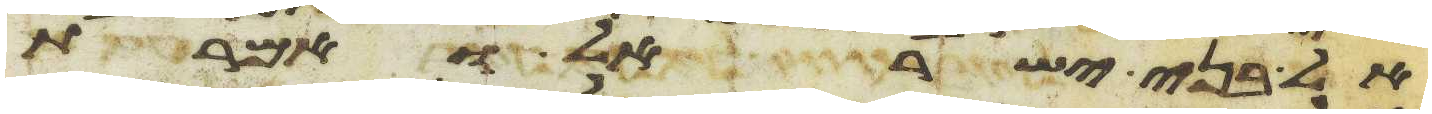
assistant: אל בני ישראל ואמרת